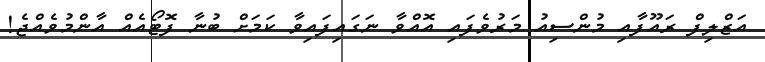
އަޒްލިފް ރައޫފާއި މުންސިއު މަރުވެފައި އޮއްވާ ނަގައިފައިވާ ކަމަށް ބުނާ ފޮޓޯއެއް އާންމުވެއްޖެ!